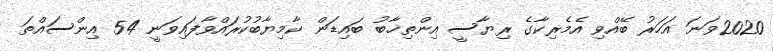
2020ވަނަ އަހަރު ބޭއްވި އެމެރިކާގެ ރިޔާސީ އިންތިޚާބު ބައިޑަން ކާމިޔާބުކުރައްވާފައިވަނީ 54 އިންސައްތަ